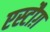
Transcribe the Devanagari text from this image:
एस्टौग़